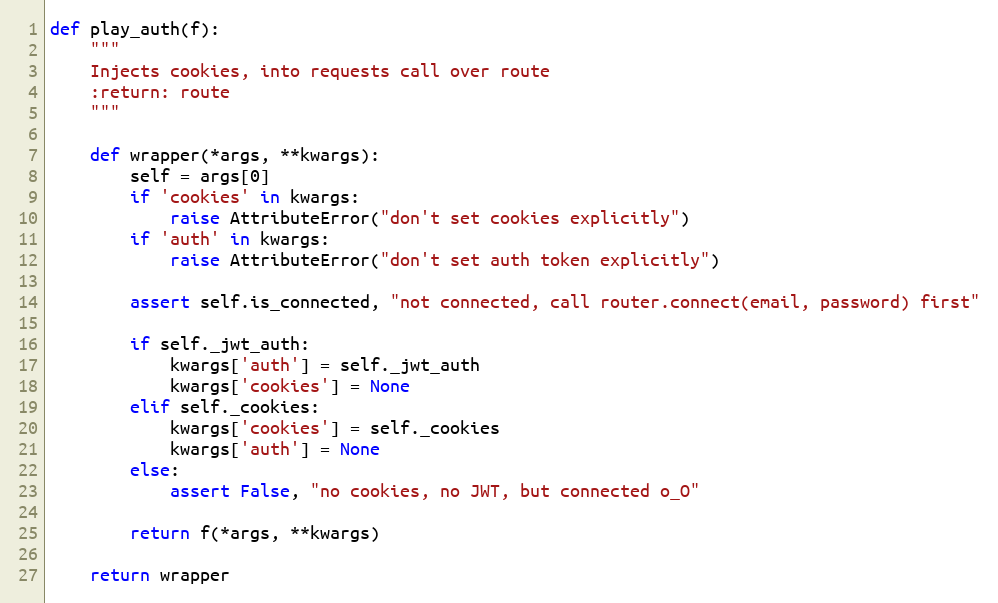
Language: Python
def play_auth(f):
    """
    Injects cookies, into requests call over route
    :return: route
    """

    def wrapper(*args, **kwargs):
        self = args[0]
        if 'cookies' in kwargs:
            raise AttributeError("don't set cookies explicitly")
        if 'auth' in kwargs:
            raise AttributeError("don't set auth token explicitly")

        assert self.is_connected, "not connected, call router.connect(email, password) first"

        if self._jwt_auth:
            kwargs['auth'] = self._jwt_auth
            kwargs['cookies'] = None
        elif self._cookies:
            kwargs['cookies'] = self._cookies
            kwargs['auth'] = None
        else:
            assert False, "no cookies, no JWT, but connected o_O"

        return f(*args, **kwargs)

    return wrapper